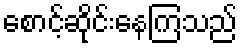
စောင့်ဆိုင်းနေကြသည်